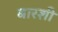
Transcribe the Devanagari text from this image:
बारशी